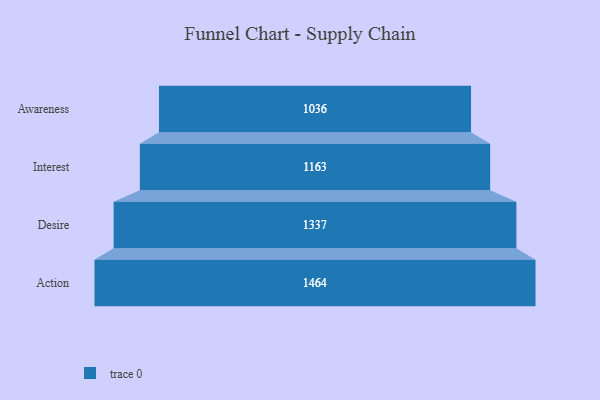
{"axis": {"x": "Stage", "y": "Value"}, "legend": [""], "data": [{"x": "Awareness", "y": 1036.0, "type": ""}, {"x": "Interest", "y": 1163.0, "type": ""}, {"x": "Desire", "y": 1337.0, "type": ""}, {"x": "Action", "y": 1464.0, "type": ""}]}